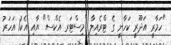
"ހަމާރީ އަދޫރީ ކަހާނީ ގެ ޓްރެއިލާ "މިސްޓަރ އެކްސް" އާއި އެކު1 އަހަރު